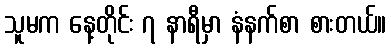
သူမက နေ့တိုင်း ၇ နာရီမှာ နံနက်စာ စားတယ်။